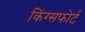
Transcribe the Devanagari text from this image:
किंग्सफोर्ट